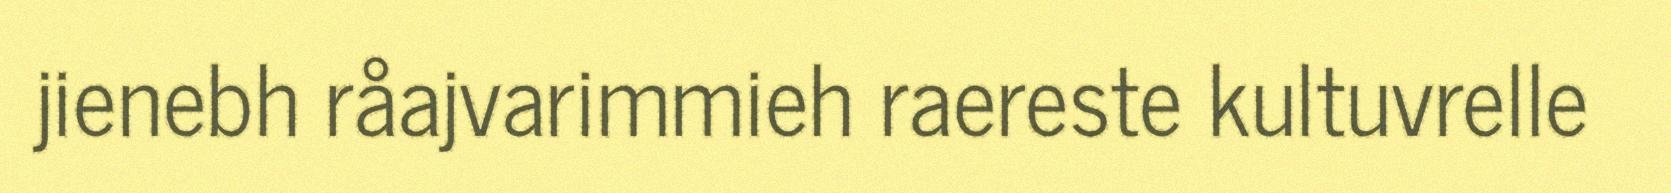
jienebh råajvarimmieh raereste kultuvrelle